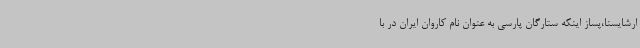
ارشایسنا،پساز اینکه ستارگان پارسی به عنوان نام کاروان ایران در با